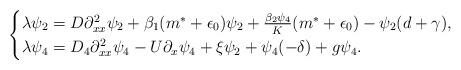
LaTeX: \begin{align*}\begin{cases}\lambda \psi_{2} = D \partial_{xx}^{2}\psi_{2} + \beta_{1}(m^{\ast} + \epsilon_{0}) \psi_{2} + \frac{\beta_{2}\psi_{4}}{K} (m^{\ast} + \epsilon_{0}) - \psi_{2}(d+\gamma),\\\lambda \psi_{4} = D_{4} \partial_{xx}^{2}\psi_{4} - U \partial_{x}\psi_{4} + \xi \psi_{2} + \psi_{4}(-\delta) + g \psi_{4}.\end{cases}\end{align*}